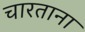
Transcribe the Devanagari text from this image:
चारताना